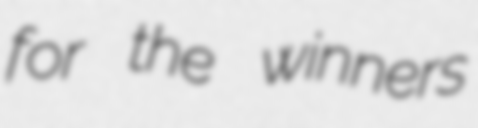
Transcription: for the winners